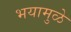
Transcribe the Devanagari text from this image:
भयामुळे